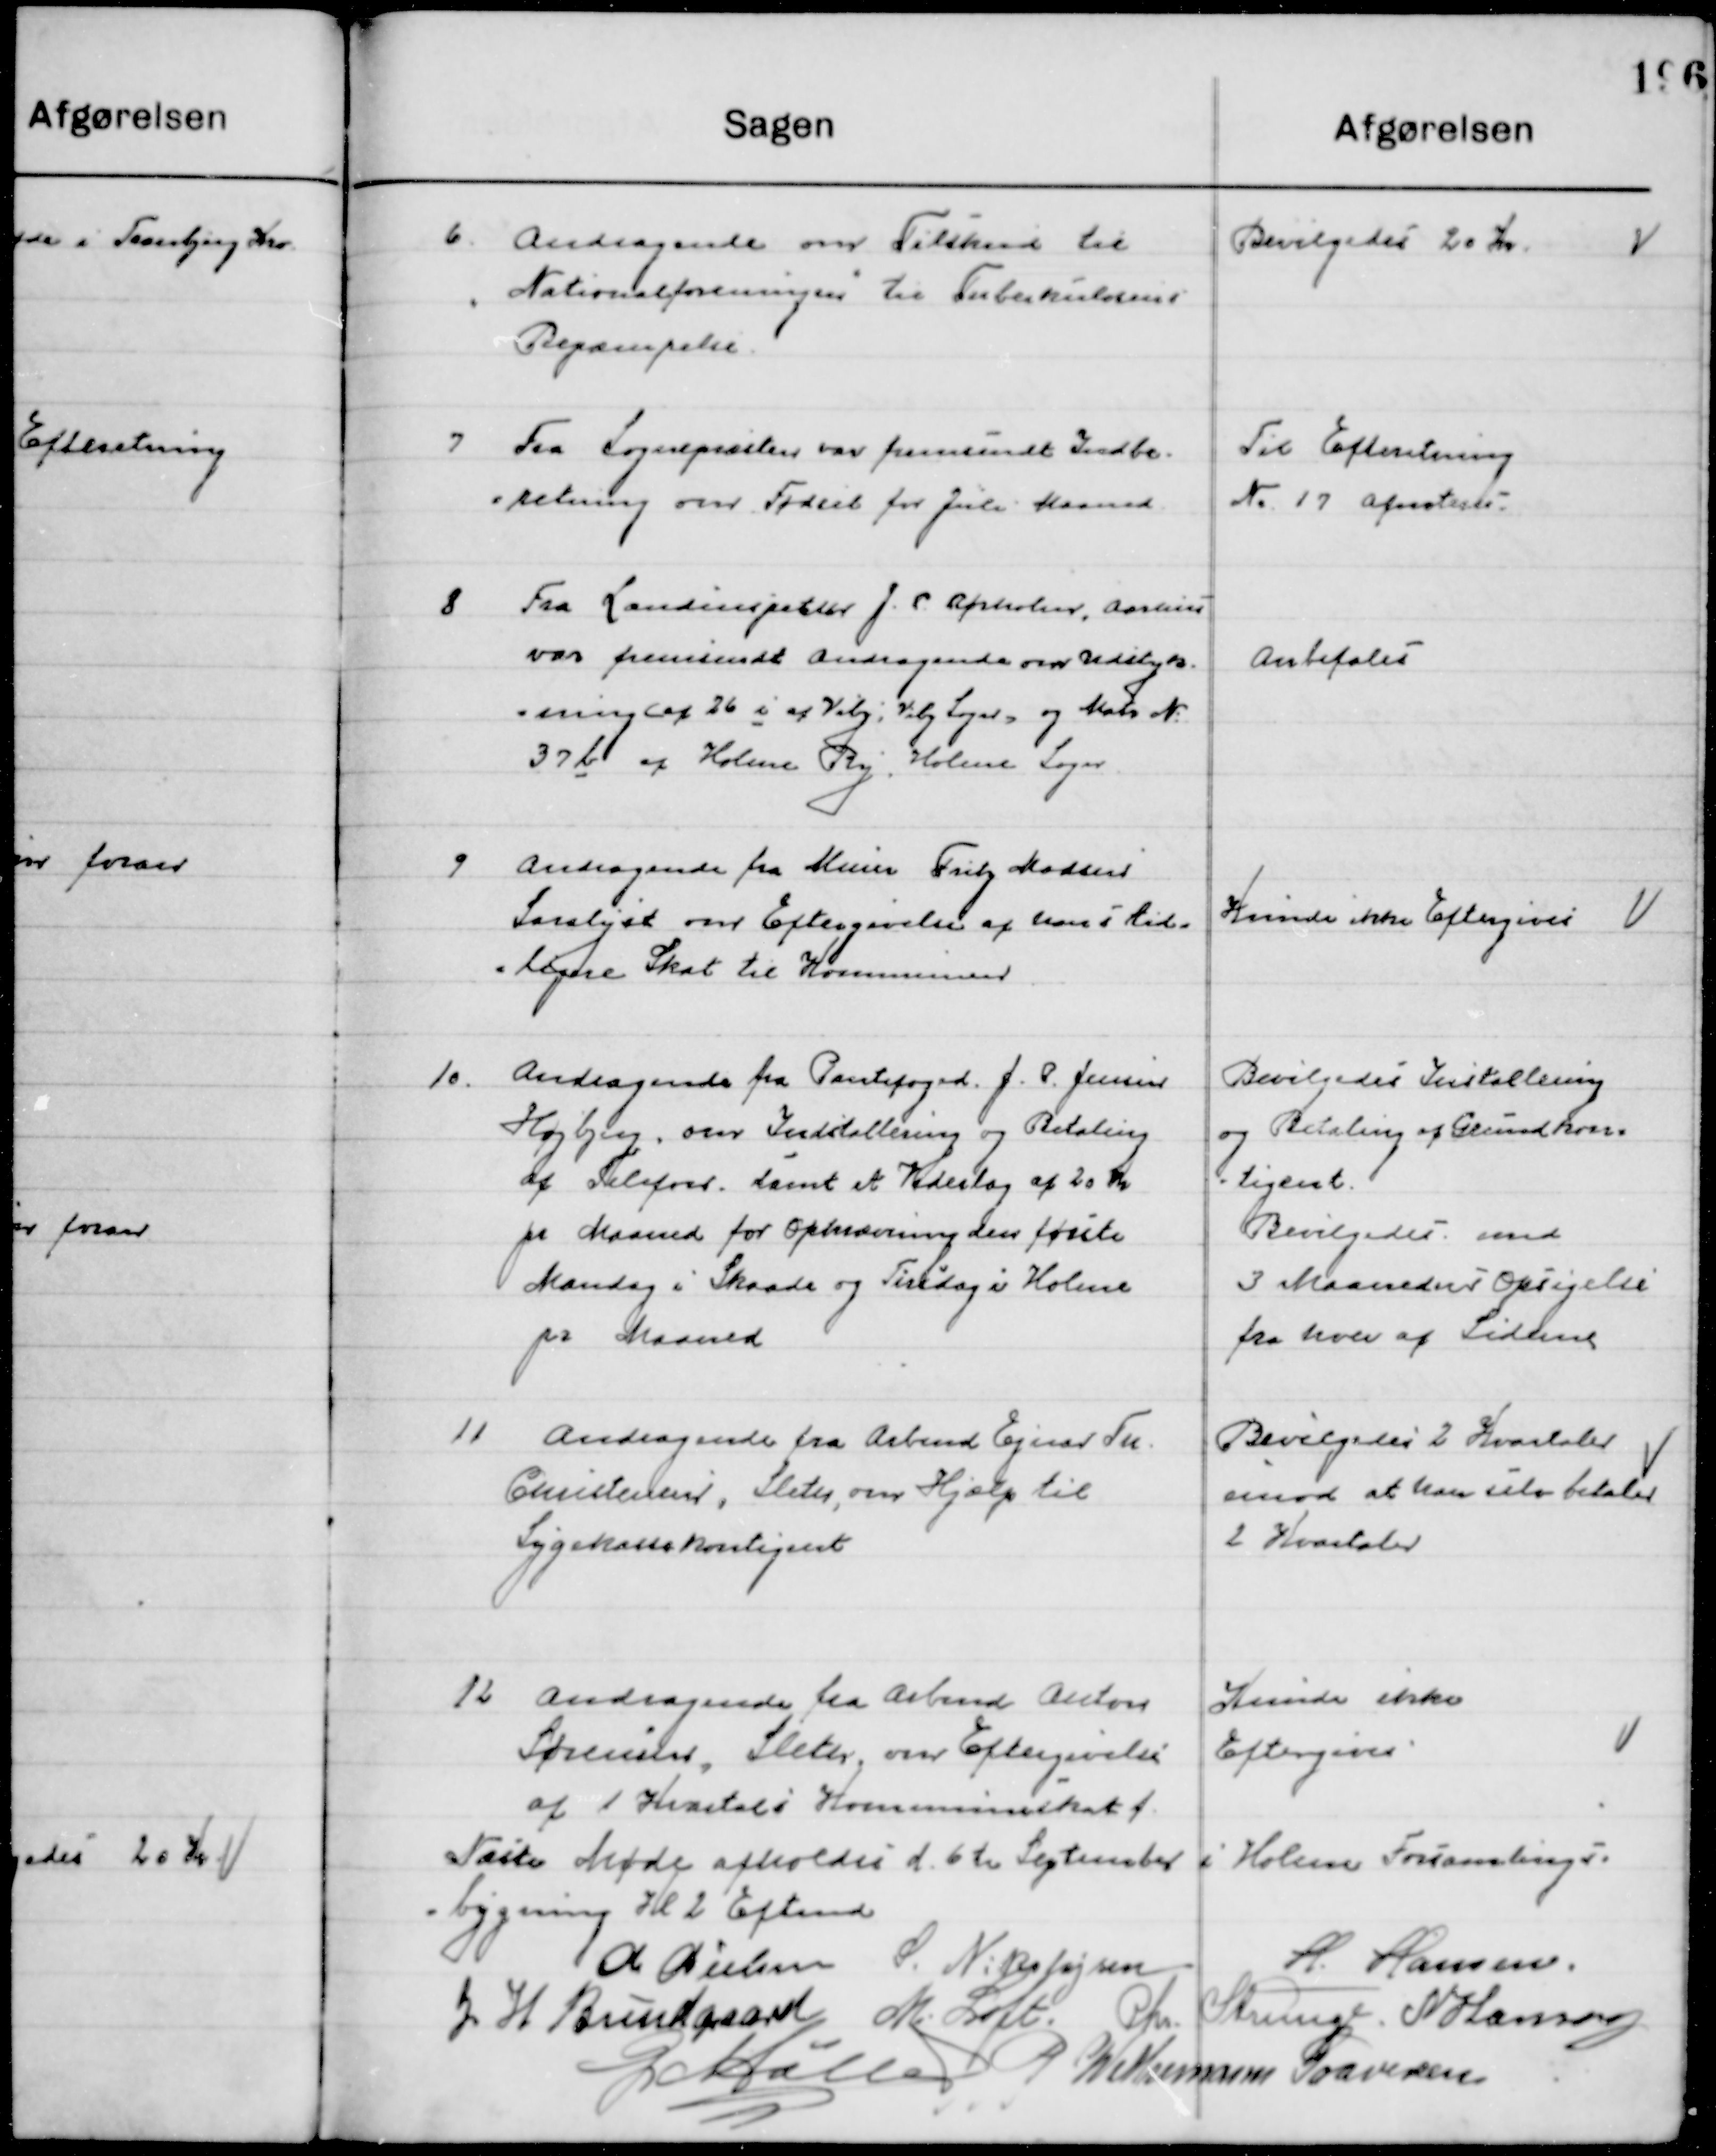
Transskription:
6

Andragende om Tilskud til
Nationalforeningen til Tuberkulosens 
Bekæmpelse.

Bevilgedes 20 Kr.

7

Fra Sognepræst var fremsendt Indbe-
retning om Fødsler for Juli Maaned

Til Efterretning
Nr. 17 afnoteret

8

Fra Landinspektør J. S. Rørholm, Aarhus
var fremsendt Andragende om Udstyk-
ning af 26 i af Viby, Viby Sogn, og Matr. Nr. .	
37 b af Holme By, Holme Sogn

Anbefales

9

Andragende fra Murer Friby Madsen
Saralyst om Eftergivelse af hans tid-
ligere Skat til Kommunen.

Kunde ikke Eftergives

10

Andragende fra Pantefogeden F. P. Jensen
Højbjerg, om Installering og Betaling
af Telefon. Samt et Vederlag af 20 Kr.
pr Maaned for Opkrævning den første
Mandag i Skaade og Tirsdag i Holme 	
pr Maaned

Bevilges Indstilling 
Og Betaling af Grundkon-  
 tingent.
Bevilgedes med
3 Maaneders Opsigelse
fra hver af Siderne

11

Andragende fra Arbmd. Ejnar Th.
Christensen, Sleth, om hjælp til 
Sygekassekontingent.

Bevilgedes 2 Kvartaler
Imod at han betaler
2 Kvartaler

12

Andragende fra Arbmd. Anton
Sørensen, Sleth, om hjælp til 
Sygekassekontingent.

Kunde ikke
Eftergives

Næste Møde afholdes d. 6de Spetember i Holme Forsamlings-
bygning Kl. 2 Eftermd.

M. Nielsen
S. Nikolajsen
H. Hansen
J. H. Bundgaard
M. Loft
Chr. Strunge
N. Hansen
G. Møller
P. Wethemann Graversen